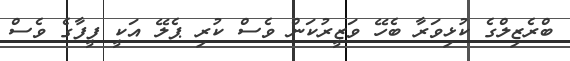
ބްރެޒިލްގެ ކުޅިވަރާ ބެހޭ ވަޒީރުކަން ވެސް ކުރި ޕެލޭ އަކީ ފީފާގެ ވެސް